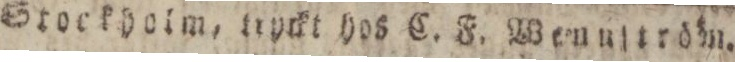
Stockholm, tryckt hos C. F. Wenuſtröm.